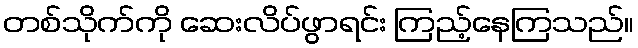
တစ်သိုက်ကို ဆေးလိပ်ဖွာရင်း ကြည့်နေကြသည်။